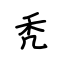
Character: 秃